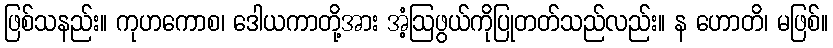
ဖြစ်သနည်း။ ကုဟကောစ၊ ဒေါယကာတို့အား အံ့ဩဖွယ်ကိုပြုတတ်သည်လည်း။ န ဟောတိ၊ မဖြစ်။